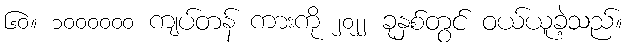
၆၀။ ၁၀၀၀၀၀၀ ကျပ်တန် ကားကို ၂၀၂၂ ခုနှစ်တွင် ဝယ်ယူခဲ့သည်။